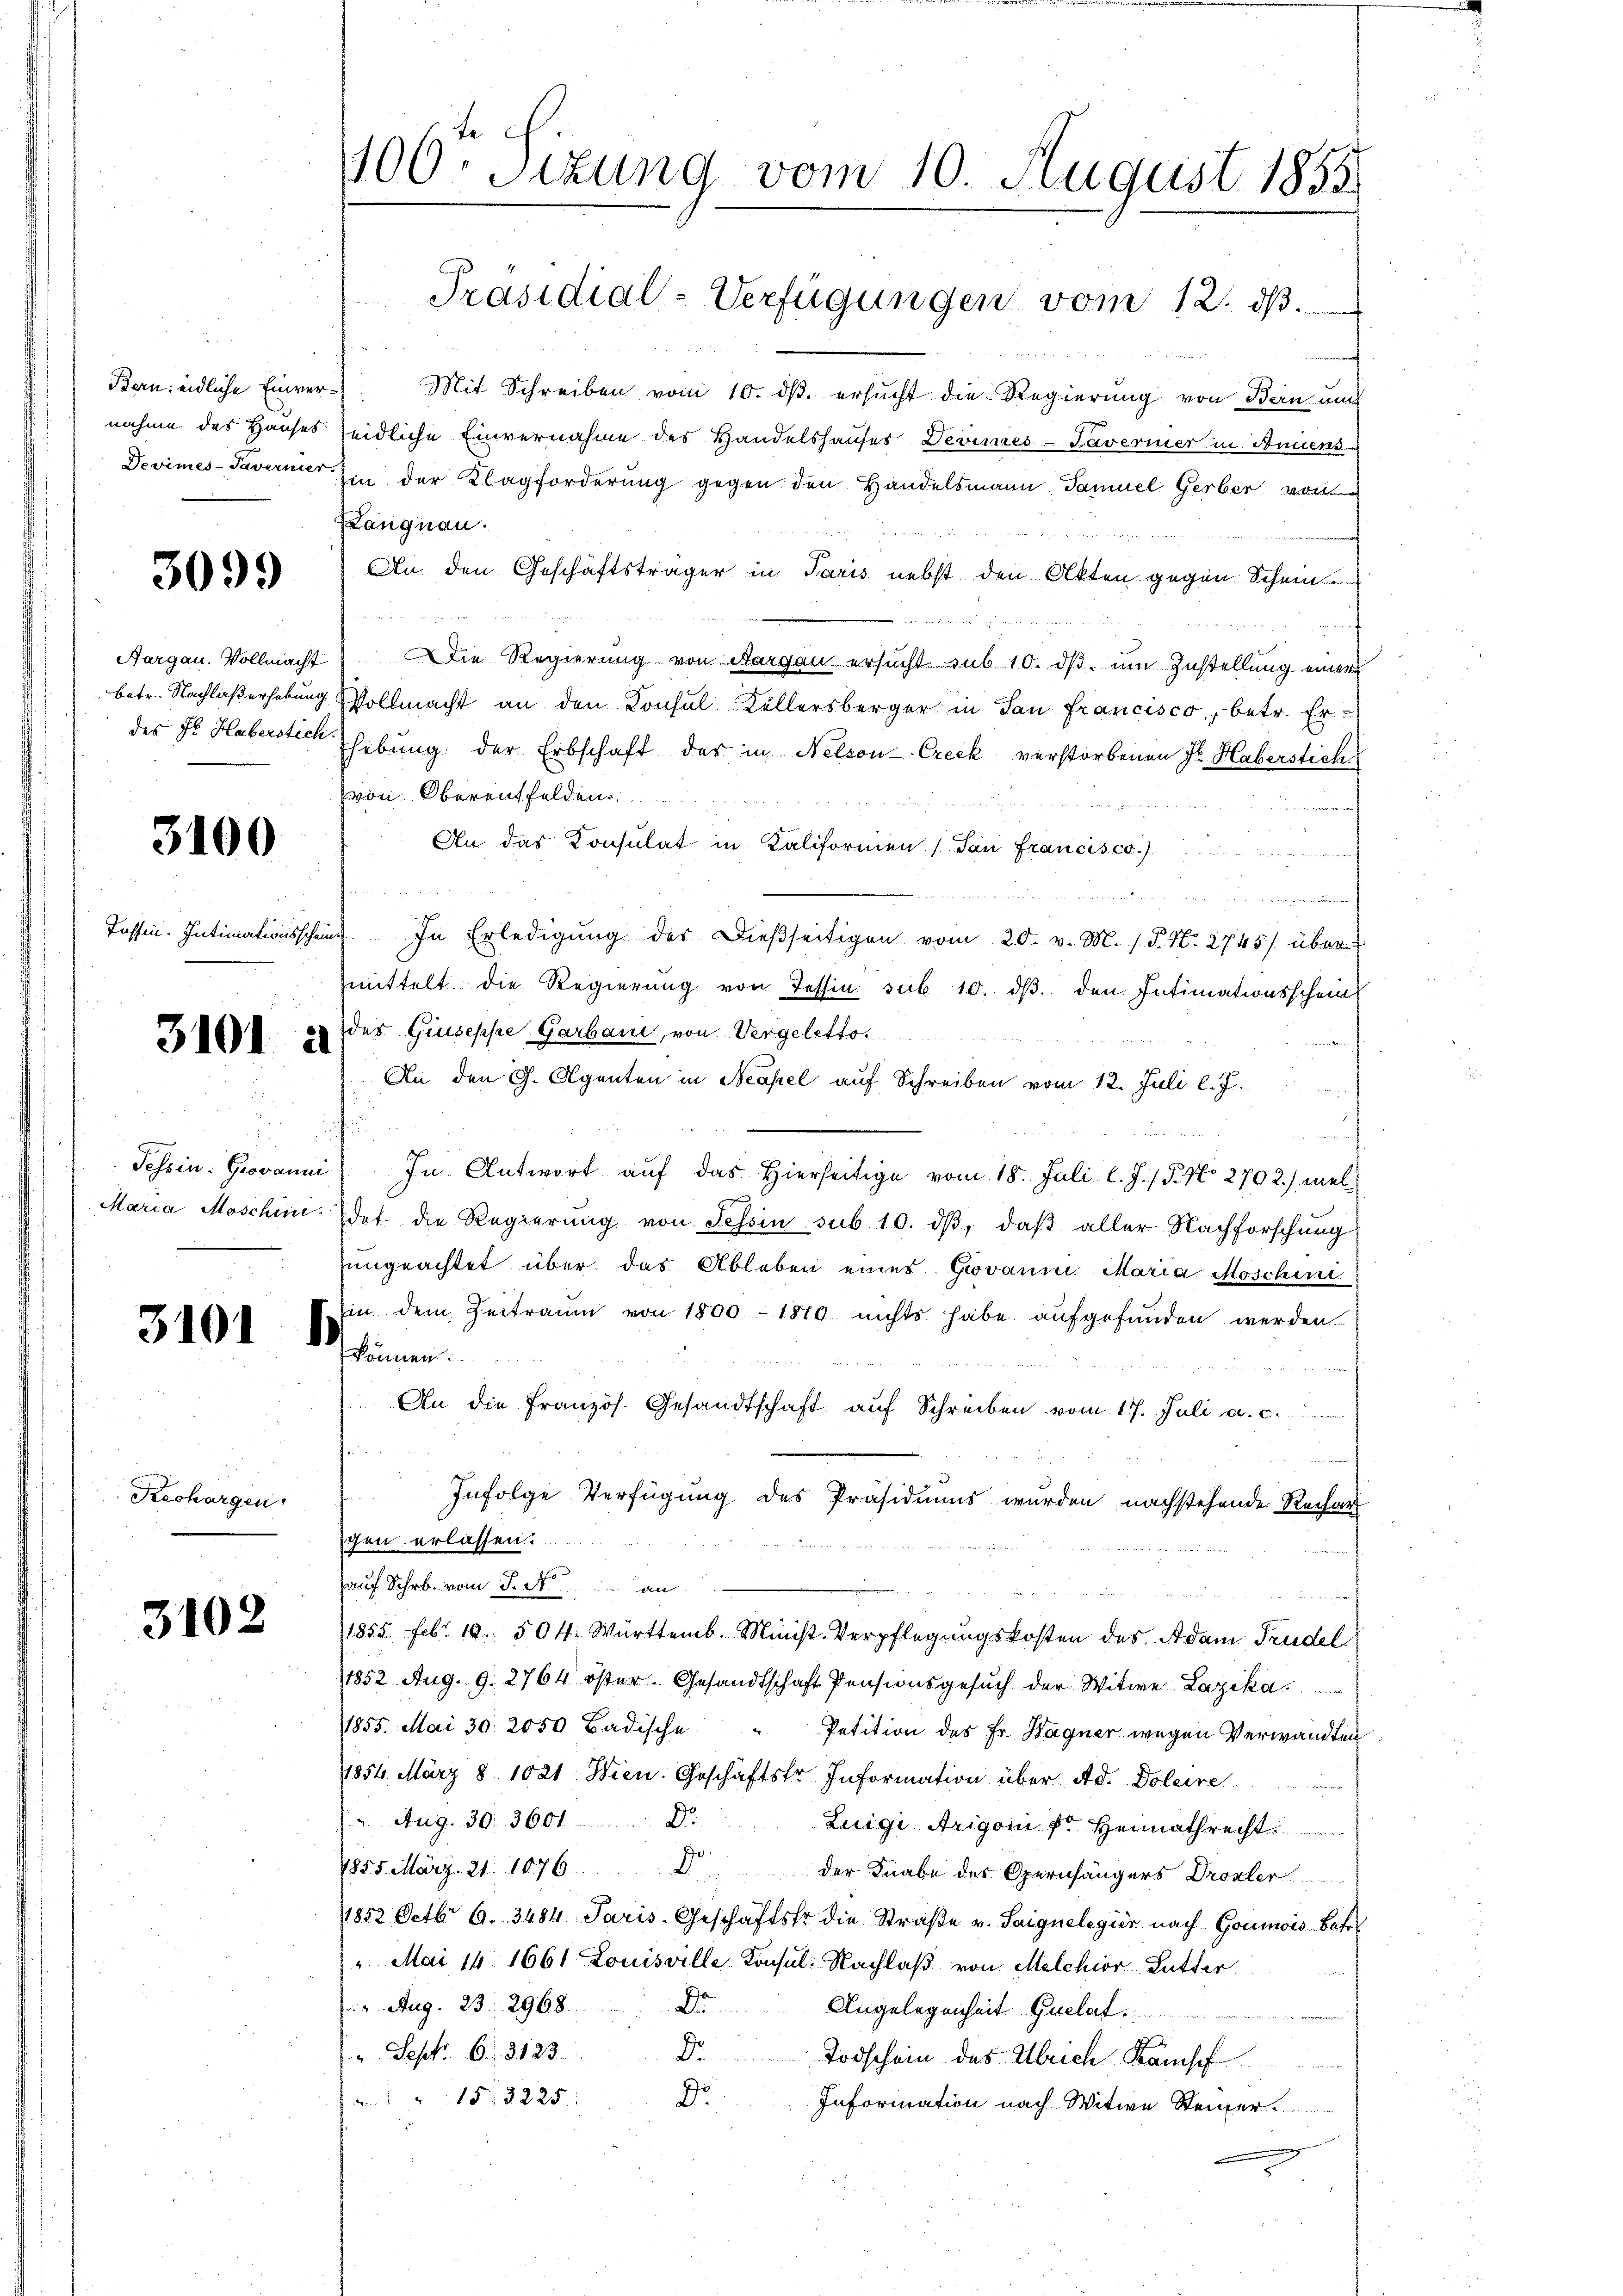
3099

3100

3101 à

3101

Rechargen.

3102

400. Sizung vom 10. August 1855.

Bern eidliche Einver- Mit Schreiben vom 10. dβ. ersŭcht die Regierung von Bern un
nahme des Hauses leidliche Einvernahme des Handelshauses Devines-Saveriner in Annens
Devimes Taverner in der Klagforderung gegen den Handelsmann Samuel Gerber von
Kangnau.
An den Geschäftsträger in Paris nebst den Akten gegen Schein
Aargau. Vollmacht) Die Regierung von Aargau ersucht sub 10. dβ. um Zustellung einer
betr. Nachlaßerhebung Vollmacht an den Konsul Kellersberger in San Francisco, betr. Erdes St. Haberstick (hebung der Erbschaft des in Nelson Creck verstorbenen Fr. Haberstich
von Oberauffelden.
An das Konsulat in Kaliformen (San Francisco.)
n
n
Tessin. Intimationsscheint. In Erledigŭng des Dieβseitigen vom 20. v. M. P. Nr. 2745) über
mittelt die Regierung von Tessin sub 10. dβ. den Intimationsschein
des Giuseppe Garbani, von Vergeletto
An den G. Agenten in Neapel auf Schreiben vom 12. Juli l. J.
u
Tessin. Giovanni In Antwort auf das hierseitige vom 18. Juli l. J. / 5. No 2702. mel¬
Maria Moschine Idet die Regierung von Tessin sub 10. dβ, daß aller Nachforschung
ungeachtet über das Ableben eines Giovaum Maria Moschini
Ein dem Zeitraum von 1800 - 1870 nichts habe aufgefunden werden.
B
können.
An die Französ. Gesandtschaft auf Schreiben vom 17. Juli a. c.
e
Infolge Verfügung des Präsidiums wurden nachstehende Rechar
gen erlassen.
auf Schr. vom 5. Man
1855. Febr. 18. 504. Württemb. Minist. Verpflegungskosten des Adam Frudel
11852 Aug. 9. 2764 öster. Gesandtschaft Pensionsgesuch der Witwe Laika
11855. Mai 30. 2050 Badische
Petition des Fr. Hagner wegen Verwandten
1854 März § 1021. Wien. Geschäftsfr. Information über Ad. Doleire
(2. Aug. 30. 3601 Dr.
Luigi Arigon fr. Heimathrecht
1855 März 21. 1076. D
der Knabe des Opernhängers Drosler
1852 Octbr. 6. 3484. Paris-Geschäftstr. die Straβe v. Saignelegier nach Goumois Betr.
 Mai 16 1661 Louisville Konsul: Nachlaß von Melchior Lutter
 Aug. 23. 2968.
Dr
Angelegenheit Quelat
 Sept. 6. 3123.
Dr.
Todschein des Ulrich Kampf
Dr.
" 1513225
Information nach Witwe Steiner

Präsidial-Verfügungen vom 12. ds.